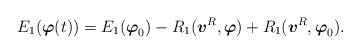
\begin{align*}E_{1}(\mbox{\mathversion{bold}$\varphi$}(t))=E_{1}(\mbox{\mathversion{bold}$\varphi$}_{0})-R_{1}(\mbox{\mathversion{bold}$v$}^{R},\mbox{\mathversion{bold}$\varphi$})+R_{1}(\mbox{\mathversion{bold}$v$}^{R},\mbox{\mathversion{bold}$\varphi$}_{0}).\end{align*}